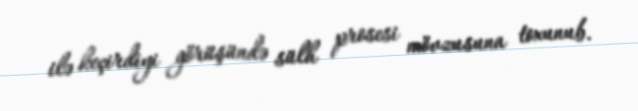
ilə keçirdiyi görüşündə sülh prosesi mövzusuna toxunub.